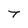
Character: T